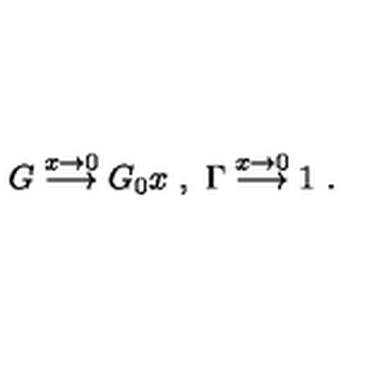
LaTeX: G \stackrel { x \rightarrow 0 } { \longrightarrow } G _ { 0 } x \ , \ \Gamma \stackrel { x \rightarrow 0 } { \longrightarrow } 1 \ .